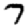
Digit: 7